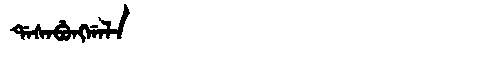
Manchu: ᡩᠠᠰᠠᠪᡠᠩᡤᠠᠯᠠ
Romanization: DASABUNGGALA